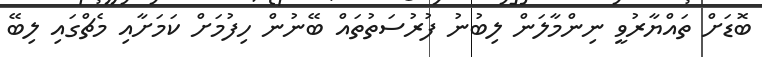
ބޮޑަށް ތައްޔާރުވީ ނިންމާލަން ލިބުނު ފުރުސަތުތައް ބޭނުން ހިފުމަށް ކަމަށާއި މެޗްގައި ލިބޭ